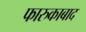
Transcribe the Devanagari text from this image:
फारुकाबाद